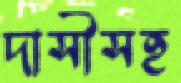
দাসীসহ